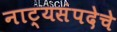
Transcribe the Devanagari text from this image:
नाट्यसंपदेचे